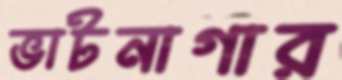
ভাটনাগার